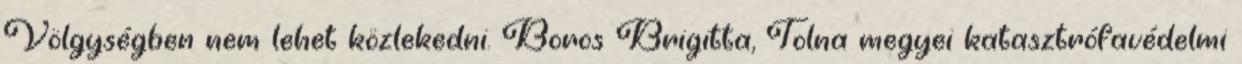
Völgységben nem lehet közlekedni. Boros Brigitta, Tolna megyei katasztrófavédelmi